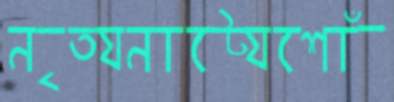
নৃত্যনাট্যেশোঁ